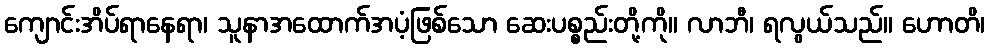
ကျောင်းအိပ်ရာနေရာ၊ သူနာအထောက်အပံ့ဖြစ်သော ဆေးပစ္စည်းတို့ကို။ လာဘီ၊ ရလွယ်သည်။ ဟောတိ၊